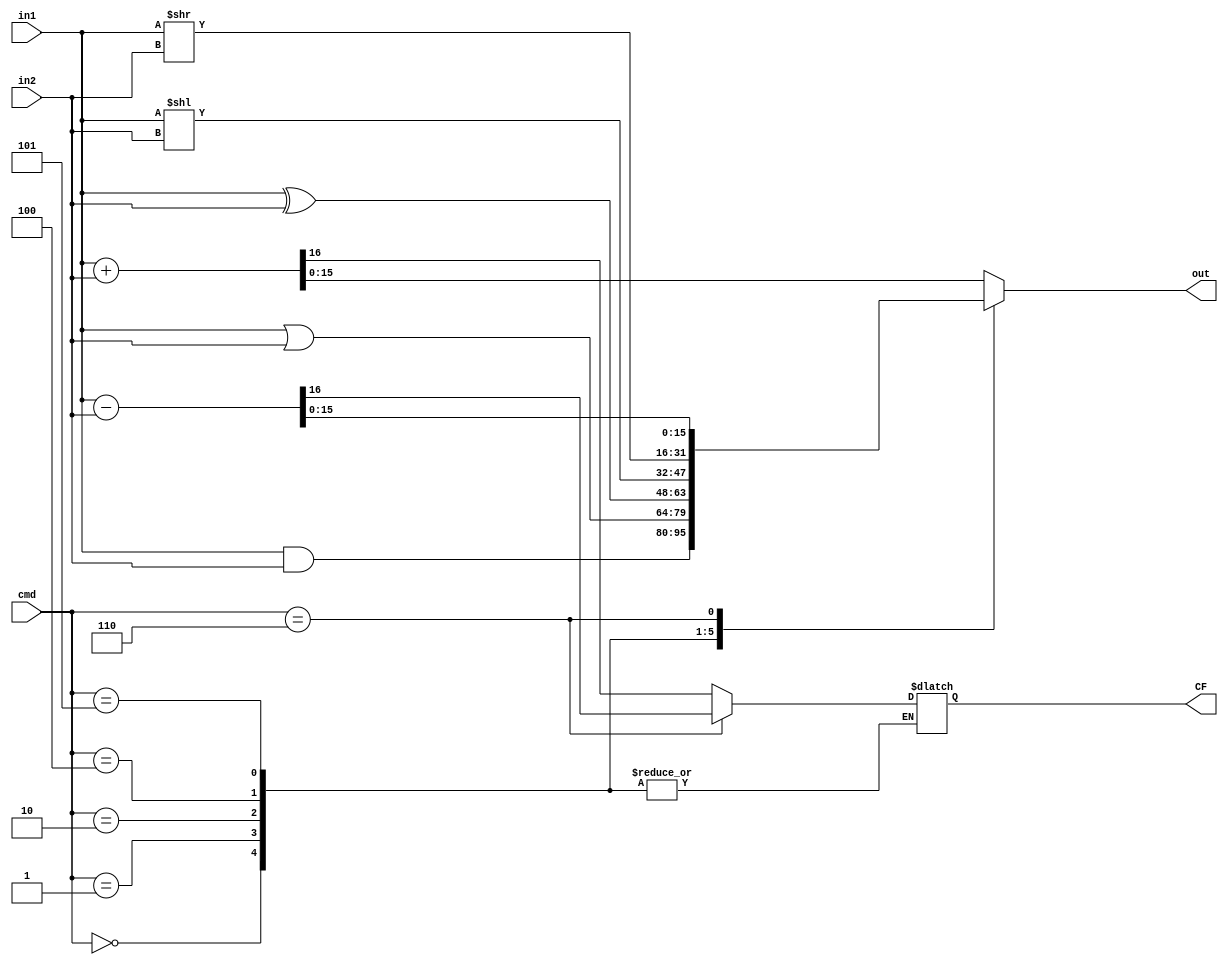
module MCPU_Alu(cmd,in1,in2,out,CF);
parameter CMD_SIZE=3;
parameter WORD_SIZE=16;

parameter  [CMD_SIZE-1:0]  CMD_AND  = 0; 
parameter  [CMD_SIZE-1:0]  CMD_OR   = 1; 
parameter  [CMD_SIZE-1:0]  CMD_XOR   = 2; 
parameter  [CMD_SIZE-1:0]  CMD_ADD   = 3; 
parameter  [CMD_SIZE-1:0]  CMD_LSL   = 4; 
parameter  [CMD_SIZE-1:0]  CMD_LSR   = 5; 
parameter  [CMD_SIZE-1:0]  CMD_SUB   = 6; 

input [CMD_SIZE-1:0] cmd;
input [WORD_SIZE-1:0] in1;
input [WORD_SIZE-1:0] in2;
output[WORD_SIZE-1:0] out;
//carry flag
output CF;

wire [CMD_SIZE-1:0] cmd;
wire [WORD_SIZE-1:0] in1;
wire [WORD_SIZE-1:0] in2;
reg  [WORD_SIZE-1:0] out;
//carry flag
reg  CF;

always @ (cmd, in1, in2)
  #2
case(cmd)
  CMD_AND : begin
               out = in1&in2; 
      end
  CMD_OR : begin
              out = in1|in2;
            end
  CMD_XOR : begin
              out = in1^in2;
            end
  CMD_LSL : begin
              out = in1<<in2;
            end
  CMD_LSR : begin
              out = in1>>in2;
            end
  CMD_SUB : begin
              {CF,out} = in1-in2;
            end
  default : begin
              {CF,out} = in1+in2;
            end
 endcase

endmodule